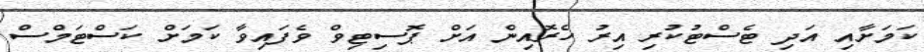
ކަމަށާއި އަދި ޓެސްޓުކުރި އިރު ހެރޮއިން އަށް ޕޮސިޓިވް ވެފައިވާ ކަމަށް ކަސްޓަމްސް